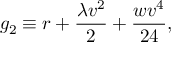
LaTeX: g _ { 2 } \equiv r + \frac { \lambda v ^ { 2 } } { 2 } + \frac { w v ^ { 4 } } { 2 4 } ,